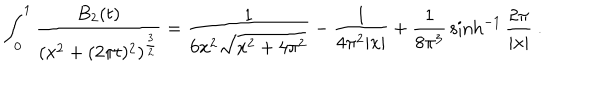
\int _ { 0 } ^ { 1 } { \frac { B _ { 2 } ( t ) } { ( x ^ { 2 } + ( 2 \pi t ) ^ { 2 } ) ^ { { \frac { 3 } { 2 } } } } } = { \frac { 1 } { 6 x ^ { 2 } \sqrt { x ^ { 2 } + 4 \pi ^ { 2 } } } } - { \frac { 1 } { 4 \pi ^ { 2 } | x | } } + { \frac { 1 } { 8 \pi ^ { 3 } } } \sinh ^ { - 1 } { \frac { 2 \pi } { | x | } } \ .